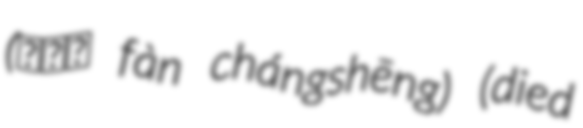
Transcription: (范長生 fàn chángshēng) (died